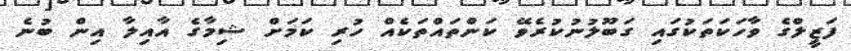
ފަޒީލްގެ ވާހަކަތަކުގައި ގަބޫލުނުކުރެވޭ ކަންތައްތަކެއް ހުރި ކަމަށް ޝިމާގެ އާއިލާ އިން ބުނެ